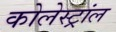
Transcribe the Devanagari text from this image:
कोलेस्ट्रांल